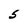
Character: S